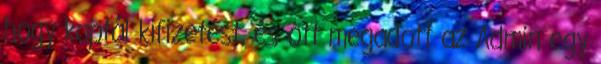
hogy kaptál kifizetést, és ott megadott az Admin egy